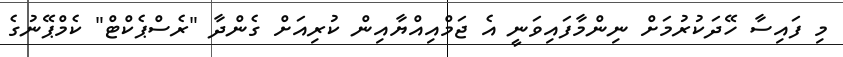
މި ފައިސާ ހޭދަކުރުމަށް ނިންމާފައިވަނީ އެ ޖަމްއިއްޔާއިން ކުރިއަށް ގެންދާ "ރެސްޕެކްޓް" ކެމްޕޭނުގެ